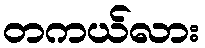
တကယ်လား